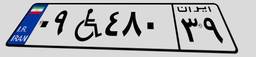
۰۹W۴۸۰۳۹